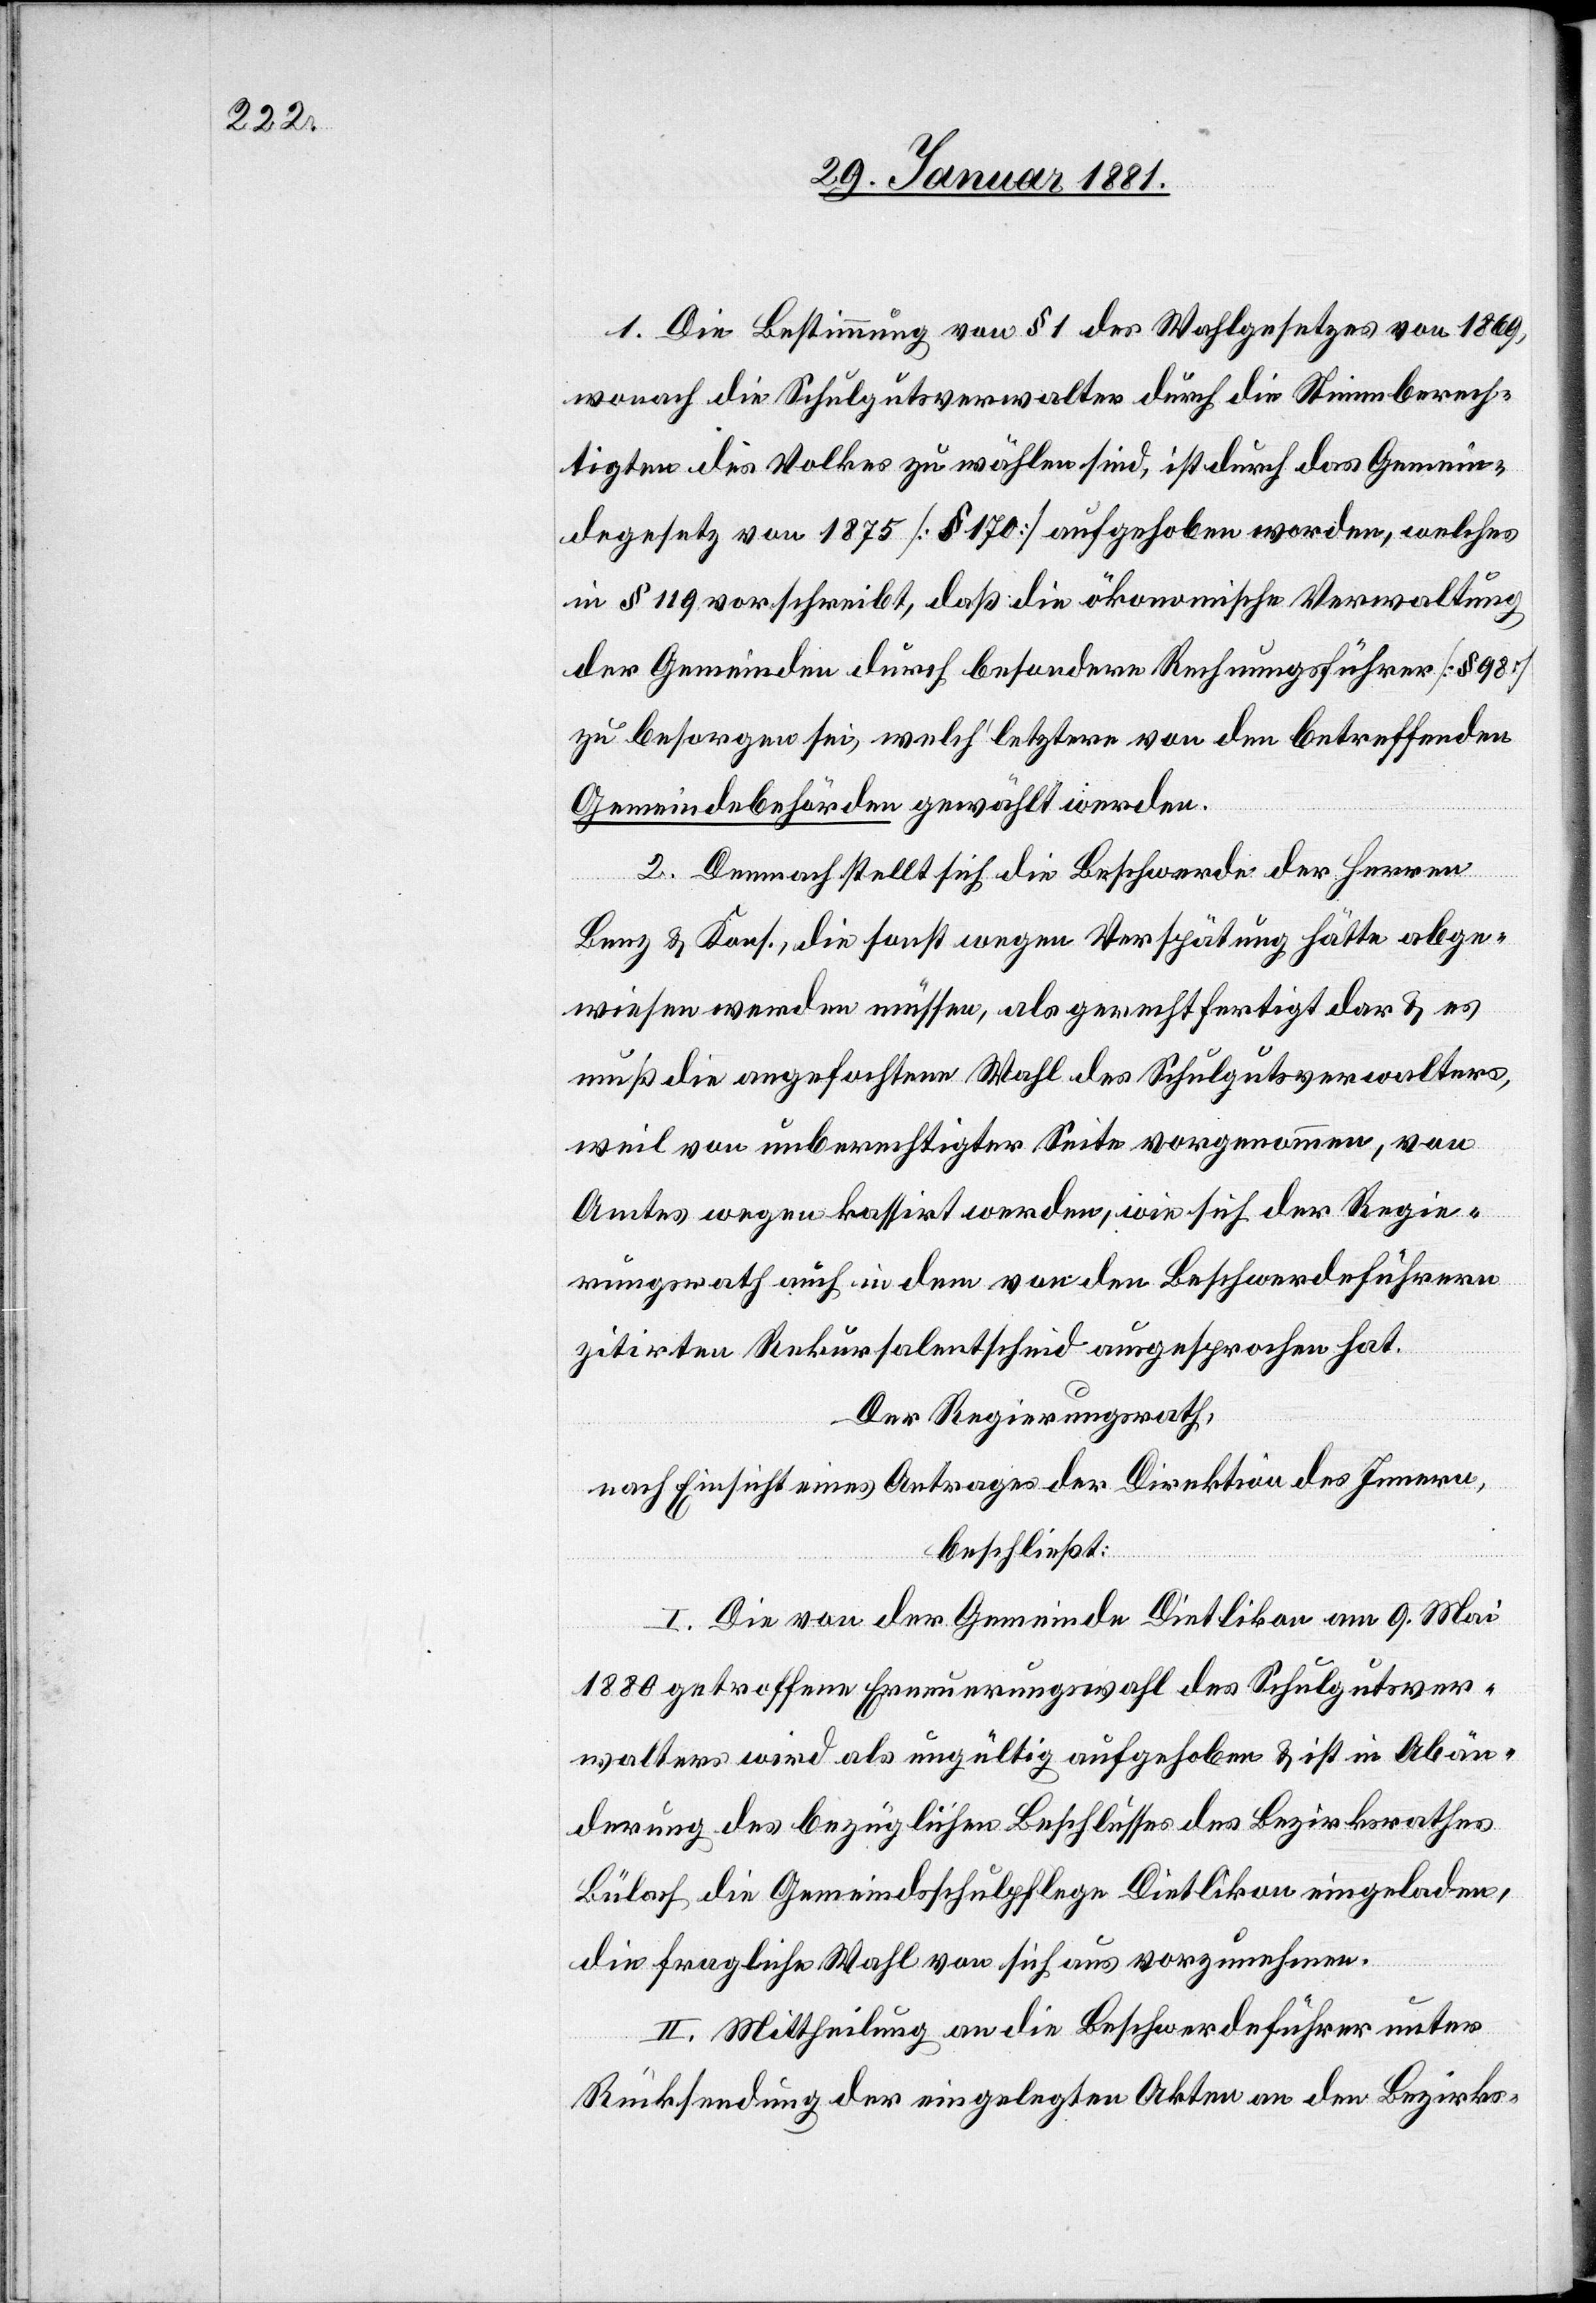
1. Die Bestimmung von § 1 des Wahlgesetzes von 1869,
wonach die Schulgutsverwalter durch die Stimmberech¬
tigten des Volkes zu wählen sind, ist durch das Gemein¬
degesetz von 1875 [§ 170] aufgehoben worden, welches
in § 119 vorschreibt, daß die ökonomische Verwaltung
der Gemeinden durch besondere Rechnungsführer [§ 98]
zu besorgen sei, welch’ letztere von den betreffenden
Gemeindebehörden gewählt werden.
2. Demnach stellt sich die Beschwerde der Herren
Benz & Kons., die sonst wegen Verspätung hätte abge¬
wiesen werden müssen, als gerechtfertigt dar & es
muß die angefochtene Wahl des Schulgutsverwalters,
weil von unberechtigter Seite vorgenommen, von
Amtes wegen kassirt werden, wie sich der Regie¬
rungsrath auch in dem von den Beschwerdeführern
zitirten Rekursalentscheid ausgesprochen hat.
Der Regierungsrath,
nach Einsicht eines Antrages der Direktion des Innern,
beschließt:
I. Die von der Gemeinde Dietlikon am 9. Mai
1880 getroffene Erneuerungswahl des Schulgutsver¬
walters wird als ungültig aufgehoben & ist in Abän¬
derung des bezüglichen Beschlusses des Bezirksrathes
Bülach die Gemeindsschulpflege Dietlikon eingeladen,
die fragliche Wahl von sich aus vorzunehmen.
II. Mittheilung an die Beschwerdeführer unter
Rücksendung der eingelegten Akten an den Bezirks-